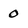
Character: 0